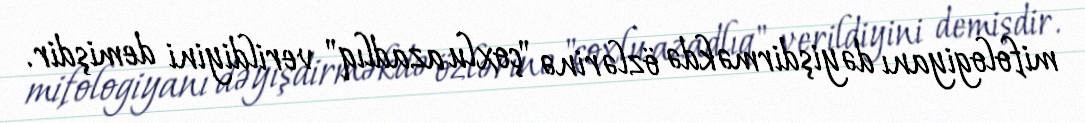
mifologiyanı dəyişdirməkdə özlərinə "çoxlu azadlıq" verildiyini demişdir.